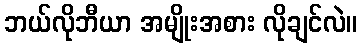
ဘယ်လိုဘီယာ အမျိုးအစား လိုချင်လဲ။